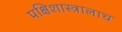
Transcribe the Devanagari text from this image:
पक्षिशास्त्रालाच